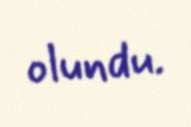
olundu.